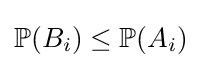
\mathbb {P} (B_{i})\leq \mathbb {P} (A_{i})